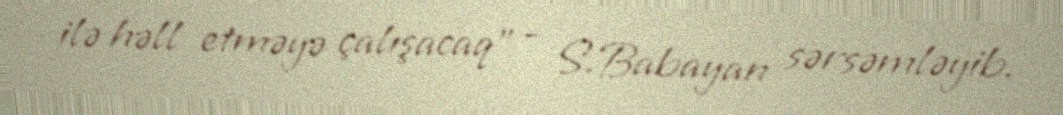
ilə həll etməyə çalışacaq” - S.Babayan sərsəmləyib.